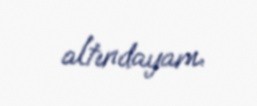
altındayam.